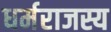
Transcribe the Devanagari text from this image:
धर्मराजस्य